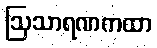
ဩသာရဏကထာ